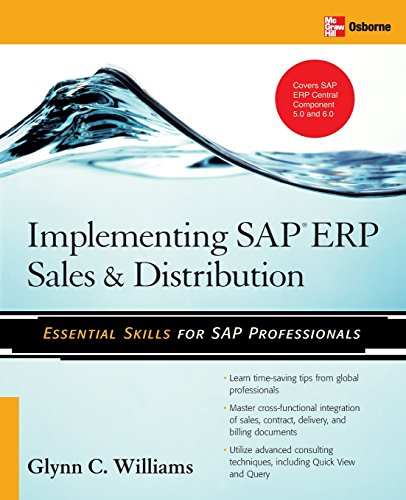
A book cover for Implementing SAP ERP Sales & Distribution; Glynn C. Williams; Computers & Technology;